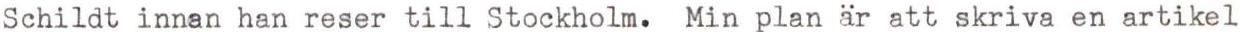
Schildt innan han reser till Stockholm. Min plan är att skriva en artikel